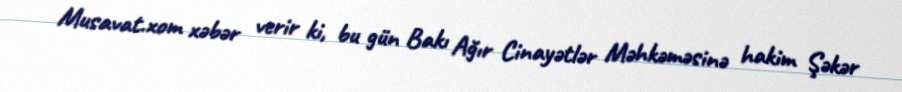
Musavat.xom xəbər verir ki, bu gün Bakı Ağır Cinayətlər Məhkəməsinə hakim Şəkər